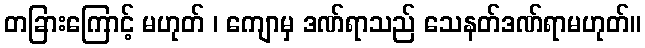
တခြားကြောင့် မဟုတ် ၊ ကျောမှ ဒဏ်ရာသည် သေနတ်ဒဏ်ရာမဟုတ်။